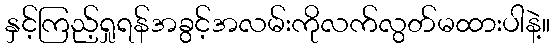
နှင့်ကြည့်ရှုရန်အခွင့်အလမ်းကိုလက်လွတ်မထားပါနဲ့။